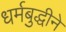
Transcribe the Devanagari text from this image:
धर्मबुद्धीने